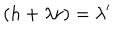
( h + \lambda r ) = \lambda ^ { \prime }